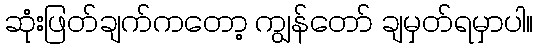
ဆုံးဖြတ်ချက်ကတော့ ကျွန်တော် ချမှတ်ရမှာပါ။